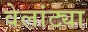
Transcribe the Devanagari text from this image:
वेलांट्या